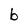
Character: b